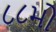
૮૮મો